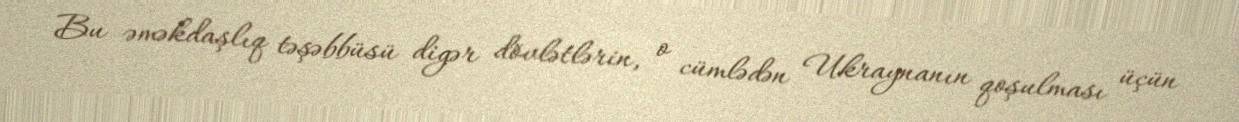
Bu əməkdaşlıq təşəbbüsü digər dövlətlərin, o cümlədən Ukraynanın qoşulması üçün